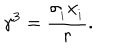
LaTeX: \gamma ^ { 3 } = \frac { \sigma _ { _ { i } } x _ { _ { i } } } { r } .